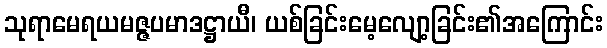
သုရာမေရယမဇ္ဇပမာဒဋ္ဌာယီ၊ ယစ်ခြင်းမေ့လျော့ခြင်း၏အကြောင်း